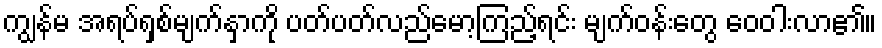
ကျွန်မ အရပ်ရှစ်မျက်နှာကို ပတ်ပတ်လည်မော့ကြည့်ရင်း မျက်ဝန်းတွေ ဝေဝါးလာ၏။